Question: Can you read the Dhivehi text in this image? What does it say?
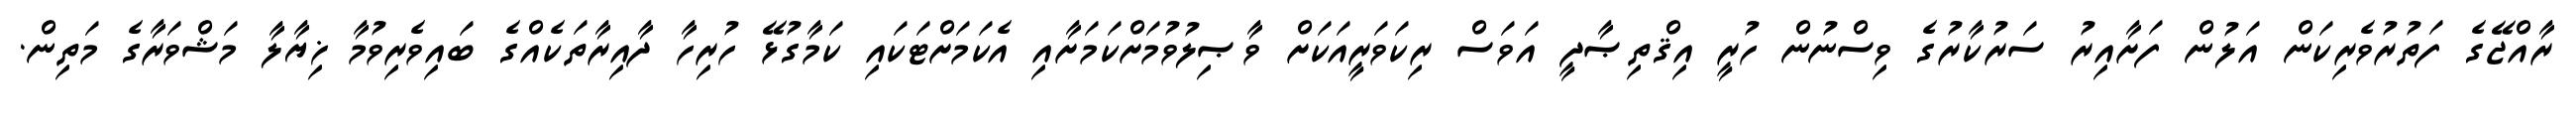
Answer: ރާއްޖޭގެ ފަތުރުވެރިކަން އަލުން ފަށާއިރު ސަރުކާރުގެ ވިސްނުން ހުރީ އިޤްތިޞާދީ އަވަސް ރިކަވަރީއަކަށް ވާޞިލުވުމަށްކަމަށާއި އެކަމަށްޓަކައި ކަމާގުޅޭ ހުރިހާ ދާއިރާތަކެއްގެ ބައިވެރިވުމާ ޚިޔާލާ މަޝްވަރާގެ މަތިން.